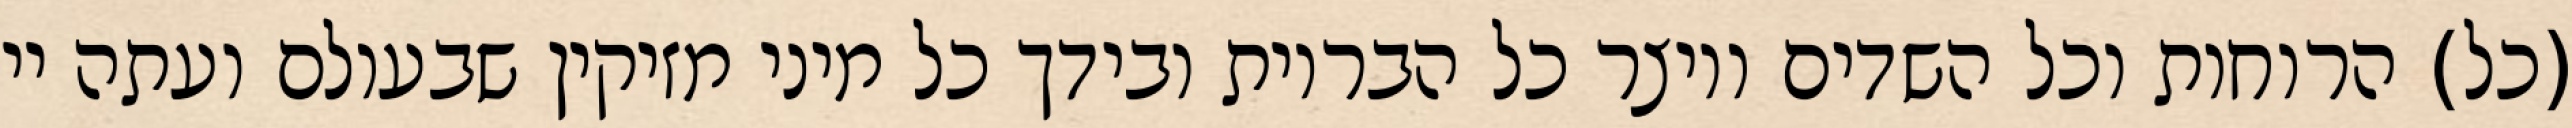
(כל) הרוחות וכל השדים ויוצר כל הבריות ובידך כל מיני מזיקין שבעולם ועתה יי